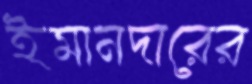
ইমানদারের